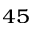
_ { 4 5 }